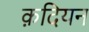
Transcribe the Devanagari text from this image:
क़दियन